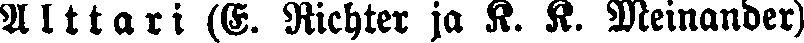
Alttari (G. Richter ja K. K. Meinander)